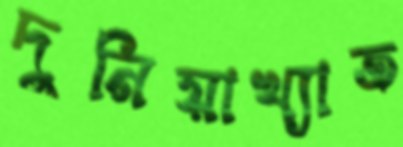
দুনিয়াখ্যাত